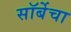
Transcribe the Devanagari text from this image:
सॉर्बेचा